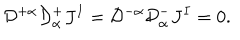
{ \cal D } ^ { + \alpha } { \cal D } _ { \alpha } ^ { + } J ^ { I } = { \cal D } ^ { - \alpha } { \cal D } _ { \alpha } ^ { - } J ^ { I } = 0 .